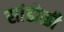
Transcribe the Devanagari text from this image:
सांडोळी